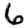
Digit: 6